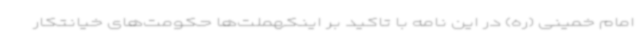
امام خمینی (ره) در این نامه با تاکید بر اینکهملت‌ها حکومت‌های خیانتکار